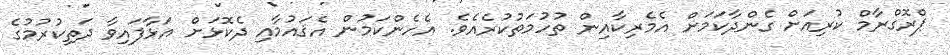
ޕްރޮގްރާމް ކުރިއަށް ގެންދާކަމަށް އެމެރިކާއިން ތުހުމަތުކުރެއެވެ. އެހެންކަމުން އެޤައުމާއި ދެކޮޅަށް އަޅާފައިވާ ދަތިކުރުމުގެ